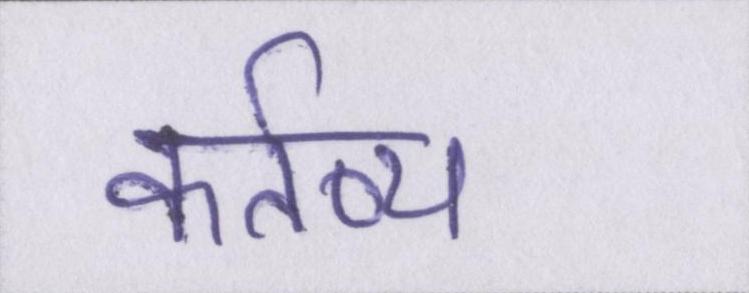
कर्तव्य